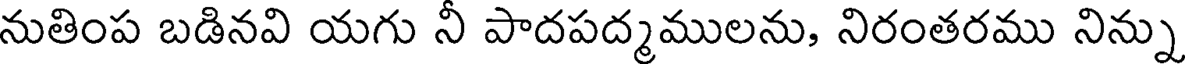
నుతింప బడినవి యగు నీ పాదపద్మములను, నిరంతరము నిన్ను